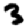
Digit: 3